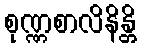
စုဏ္ဏစာလိနိန္တိ